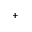
^ +